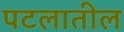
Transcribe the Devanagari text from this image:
पटलातील